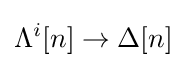
\Lambda ^{i}[n]\to \Delta [n]